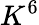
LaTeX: K^{6}